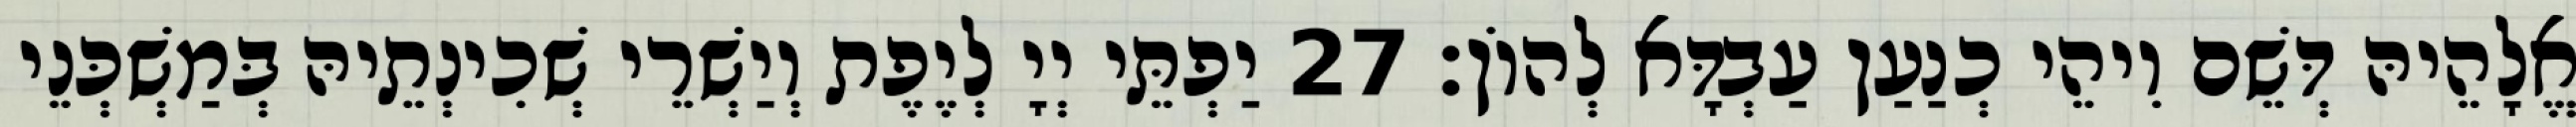
אֱלָהֵיהּ דְּשֵׁם וִיהֵי כְנַעַן עַבְדָּא לְהוֹן׃ 27 יַפְתֵּי יְיָ לְיֶפֶת וְיַשְׁרֵי שְׁכִינְתֵיהּ בְּמַשְׁכְּנֵי